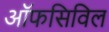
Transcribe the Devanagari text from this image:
ऑफसिविल